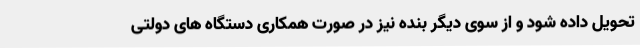
تحویل داده شود و از سوی دیگر بنده نیز در صورت همکاری دستگاه های دولتی